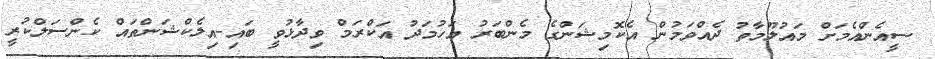
ސީއެންއެމަށް މައުލޫމާތު ދެއްވަމުން އެކޮމިޝަންގެ މެންބަރު އަހުމަދު އަކްރަމް ވިދާޅުވީ ބައި-އިލެކްޝަންތައް ކެންސަލްކުރީ